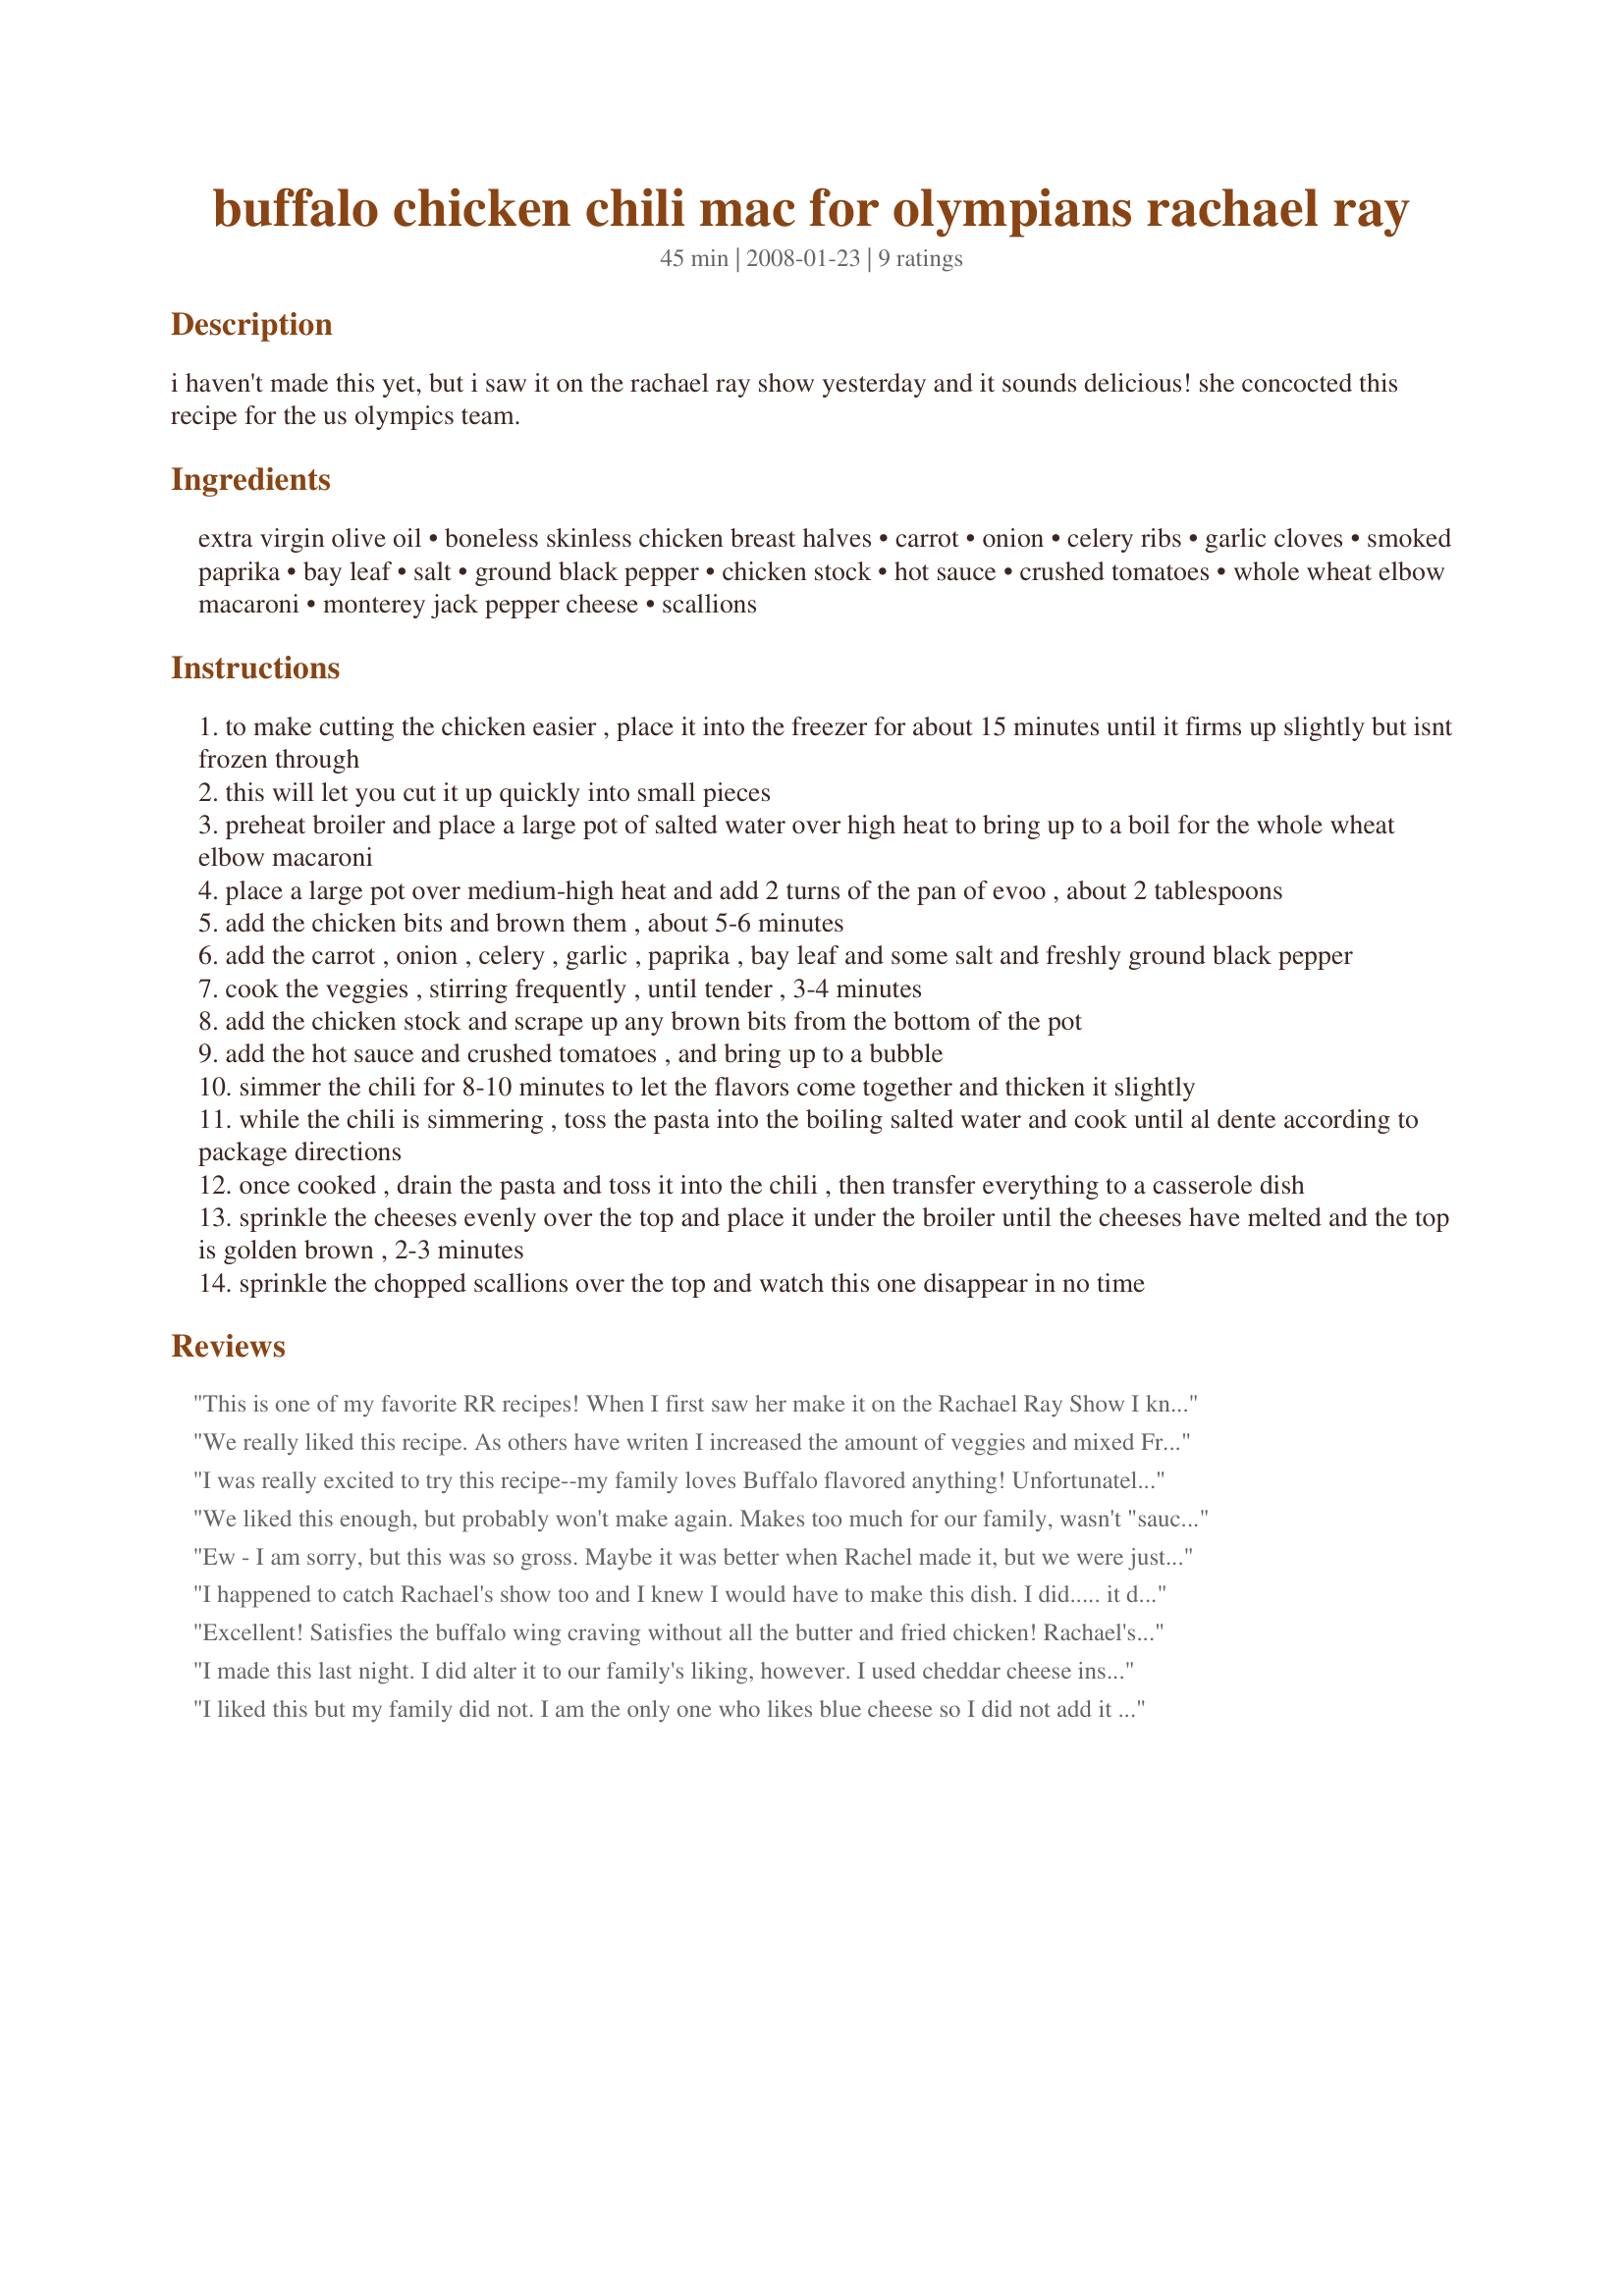
buffalo chicken chili mac for olympians rachael ray
Preparation time: 45 minutes

i haven't made this yet, but i saw it on the rachael ray show yesterday and it sounds delicious! she concocted this recipe for the us olympics team.

Ingredients:
extra virgin olive oil, boneless skinless chicken breast halves, carrot, onion, celery ribs, garlic cloves, smoked paprika, bay leaf, salt, ground black pepper, chicken stock, hot sauce, crushed tomatoes, whole wheat elbow macaroni, monterey jack pepper cheese, scallions

Steps:
to make cutting the chicken easier , place it into the freezer for about 15 minutes until it firms up slightly but isnt frozen through
this will let you cut it up quickly into small pieces
preheat broiler and place a large pot of salted water over high heat to bring up to a boil for the whole wheat elbow macaroni
place a large pot over medium-high heat and add 2 turns of the pan of evoo , about 2 tablespoons
add the chicken bits and brown them , about 5-6 minutes
add the carrot , onion , celery , garlic , paprika , bay leaf and some salt and freshly ground black pepper
cook the veggies , stirring frequently , until tender , 3-4 minutes
add the chicken stock and scrape up any brown bits from the bottom of the pot
add the hot sauce and crushed tomatoes , and bring up to a bubble
simmer the chili for 8-10 minutes to let the flavors come together and thicken it slightly
while the chili is simmering , toss the pasta into the boiling salted water and cook until al dente according to package directions
once cooked , drain the pasta and toss it into the chili , then transfer everything to a casserole dish
sprinkle the cheeses evenly over the top and place it under the broiler until the cheeses have melted and the top is golden brown , 2-3 minutes
sprinkle the chopped scallions over the top and watch this one disappear in no time

Reviews:
This is one of my favorite RR recipes! When I first saw her make it on the Rachael Ray Show I knew I had to make it asap! My hubby and I totally TOTALLY thought we could handle the 1/2 cup of hot sauce....yeah we were sorely mistaken! lol But it still was delicious and we gobbled it up! We do make one change to the recipe. We don't cover it with cheeses we just sprinkle on what we want which makes reheating this a little bit easier. Unless I'm blind I don't see the blue cheese in this recipe. The one I have from her newest cookbook calls for half a cup blue and half a cup pepper jack. So we use sprinkle a mix of regular jack (the pepper is too much for us!) and blue. The blue really makes this extra tasty b/c of the tang..and seriously we don't like blue cheese! Definitely try this one :) You'll be happy!
We really liked this recipe. As others have writen I increased the amount of veggies and mixed Franks Red Hot with Pete's Wing sauce. I used a bagged mexican blend cheese in place of the Monterey Jack and Highly suggest you use Blue Cheese. It gave that little extra something. Overall, easy to put together and very tasty!
I was really excited to try this recipe--my family loves Buffalo flavored anything! Unfortunately, we really weren't impressed with this recipe. It was OK, but I won't make it again. As a previous reviewer mentioned, there doesn't seem to be enough sauce and it is just not what I was hoping for. Thanks for sharing the recipe.
We liked this enough, but probably won't make again. Makes too much for our family, wasn't "saucy" enough for us and just didn't excite us as much as I had hoped.
Ew - I am sorry, but this was so gross. Maybe it was better when Rachel made it, but we were just not impressed. Like other reviewers said, it makes a ton ... but we don't want to eat the rest, nor will we make it again!
I happened to catch Rachael's show too and I knew I would have to make this dish. I did..... it didn't taste quite as good as I thought it would. This recipe makes a TON as written. I recommend cutting the pasta in half and adding more vegetables. Don't think I'll make this one again, at least without modifying.
Excellent! Satisfies the buffalo wing craving without all the butter and fried chicken! Rachael's recipe also included some crumbled blue cheese in addition to the monterey jack which makes this even more excellent! I only used 8 oz. of macaroni and increased the amount of veggies too. Turned out great! Will make again!
I made this last night. I did alter it to our family's liking, however. I used cheddar cheese instead of pepper jack and blue cheese. I also cut the entire recipe down because it makes so much food! I too added extra veggies. Quite delicious and very easy to make!!! My one year old loved it , but my 4 year old wasn't thrilled with it. My husband and I enjoyed it greatly.
I liked this but my family did not. I am the only one who likes blue cheese so I did not add it to the recipe but instead drizzled blue cheese dressing on my serving. Don't think I will make again since I am the only one eating it.
